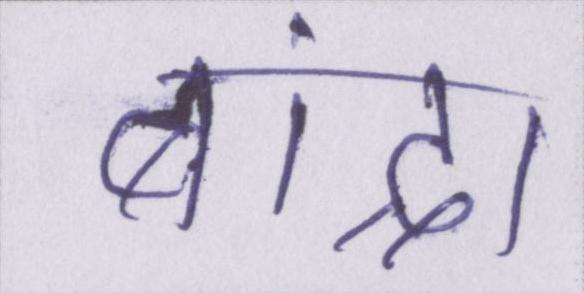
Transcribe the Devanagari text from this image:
बांद्रा